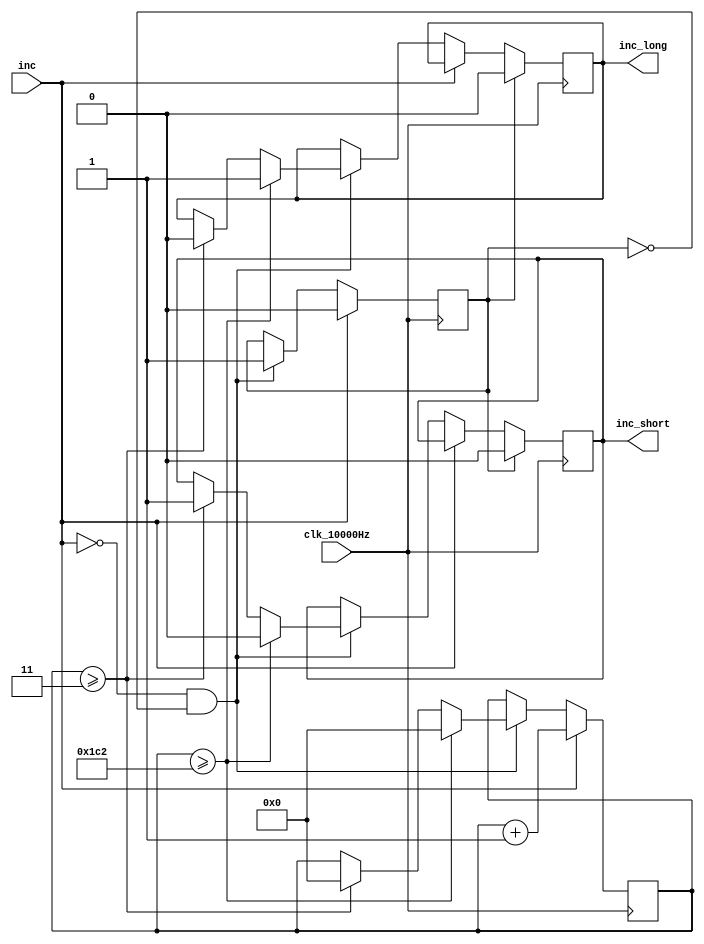
module short_or_long(
    input inc,
    input clk_10000Hz,

    output reg inc_short,
    output reg inc_long
);

reg [14:0] counter;//3s
reg flag;

initial begin

    flag <= 1;
    counter <= 0;

end

always @(posedge clk_10000Hz) begin

    if (inc == 1) begin
        counter <= counter + 1;
        flag <= 0;
    end
    else if (inc == 0 && flag == 0) begin

        if (counter >= 15'h01c2) begin//10000
            inc_long <= 1;
            inc_short <= 0;
            counter <= 0;
        end

        else if (counter >= 3) begin

            inc_short <= 1;
            inc_long <= 0;
            counter <= 0;

        end

        flag <= 1;

    end

    if (flag == 1) begin

        inc_short <= 0;
        inc_long <= 0;

    end

end

endmodule